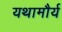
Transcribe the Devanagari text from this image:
यथामौर्य